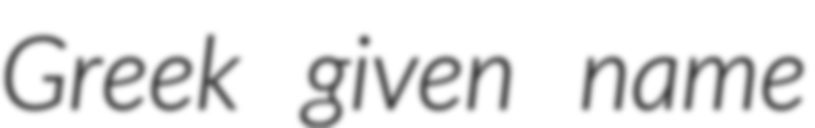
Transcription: Greek given name